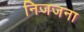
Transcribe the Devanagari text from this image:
निजजना